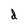
Character: d